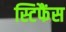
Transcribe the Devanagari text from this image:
स्टिफैंस